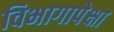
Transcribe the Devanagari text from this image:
विभागापेक्षा